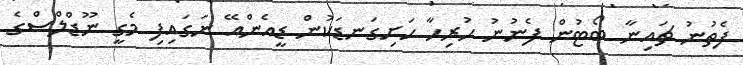
ފެތުނު ޗައިނާ ބޯޓުން ފެނުނު ހުރިހާ ހަށިގަނޑަކުން ޑީއެންއޭ ނަގައިފި މެގީ ނޫޑްލްސްގެ